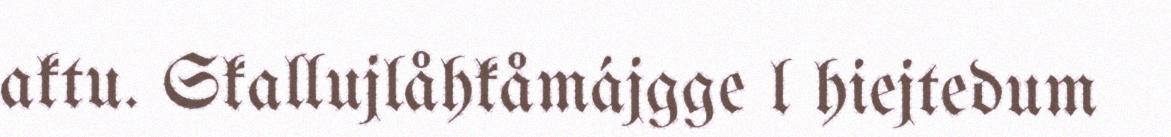
aktu. Skallujlåhkåmájgge l hiejtedum